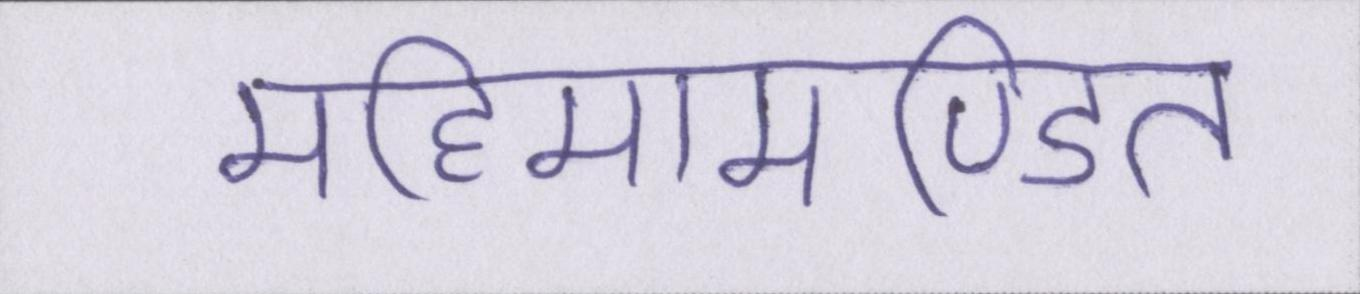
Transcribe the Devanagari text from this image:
महिमामण्डित